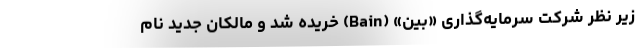
زیر نظر شرکت سرمایه‌گذاری «بِین» (Bain) خریده شد و مالکان جدید نام